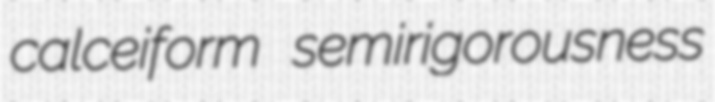
calceiform semirigorousness